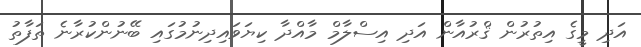
އަދި މީގެ އިތުރުން ޤްރުއާން އަދި އިސްލާމް މާއްދާ ކިޔަވައިދިނުމުގައި ބޭނުންކުރާނެ ތަފާތު